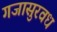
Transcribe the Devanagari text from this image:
गजासुरवध